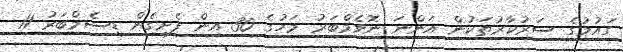
ގައުމުގެ ސަރުކާރުތަކުން އަންނަ ނޮވެމްބަރު މަހުގެ 30 އިން ފެށިގެން ޑިސެމްބަރު 11